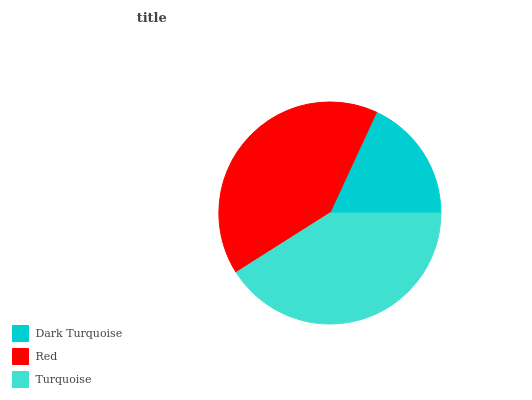
| Dark Turquoise | Red | Turquoise |
 | --- | --- | --- |
 | 18.1% | 40.9% | 41% |